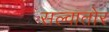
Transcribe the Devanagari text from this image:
सल्वातोर